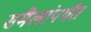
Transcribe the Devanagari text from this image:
समैलांपर्यंत